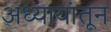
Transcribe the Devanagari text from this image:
अध्यायांतून